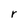
Character: r